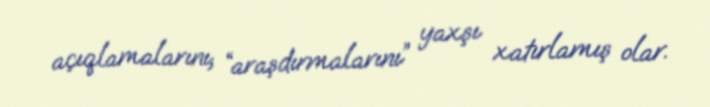
açıqlamalarını, “araşdırmalarını” yaxşı xatırlamış olar.